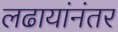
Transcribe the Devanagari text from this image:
लढायांनंतर